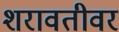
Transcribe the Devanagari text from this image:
शरावतीवर